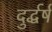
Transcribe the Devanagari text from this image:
दुर्द्धर्ष